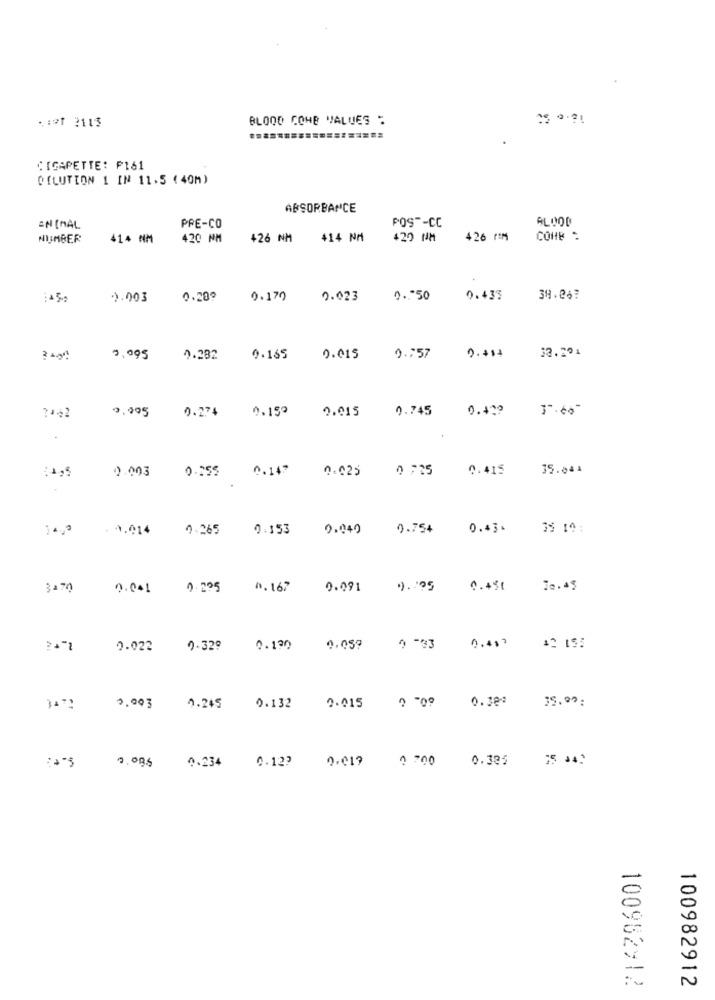
.: 91 2113
BLOOD COHB VALUES :
CIGAPETTE: ₱161
DILUTION 1 IN 11.5 (40M)
ABSORBANCE
ALOOL
ON [MAL
PRE-CO
POST-CC
NUMBER
414 NM
420 NM
426 NM
414 NM
420 NM
426 MM
COHB :
0.003
0.28?
0.179
2.023
0. 50
0.433
39.26?
33.291
0.095
4.282
0.165
0.015
0 .: 57
9.+14
0.995
0.274
0.15º
0.015
0.745
0.470
37.66"
0.003
0.255
0.147
0.025
0 725
0.415
35.044
- 9.014
0.265
0:153
0.040
0.754
0.43.
35 14:
3170
0.041
0.225
0. 167
0.091
9. 95
0.451
70.45
24"1
0.022
9.329
0.130
0.059
9 -33
0.41 7
12 15:
60. 0
39.99:
0.003
4.245
0.132
0.015
1 700
0.325
9.096 0.234 0.12?
100982912
100982912